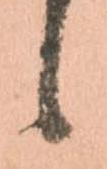
候